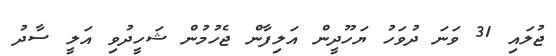
ޖުލައި 31 ވަނަ ދުވަހު ޔަހޫދީން އަލިފާން ޖެހުމުން ޝަހީދުވި އަލީ ސާދު